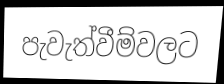
පැවැත්වීම්වලට